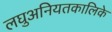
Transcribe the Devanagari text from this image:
लघुअनियतकालिके